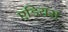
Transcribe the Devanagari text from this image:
एडियस